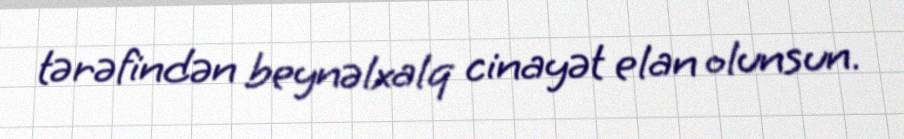
tərəfindən beynəlxalq cinayət elan olunsun.